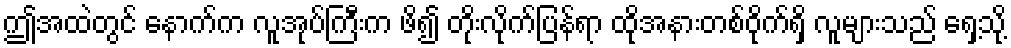
ဤအထဲတွင် နောက်က လူအုပ်ကြီးက ဖိ၍ တိုးလိုက်ပြန်ရာ ထိုအနားတစ်ဝိုက်ရှိ လူများသည် ရှေ့သို့